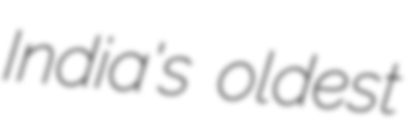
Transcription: India's oldest